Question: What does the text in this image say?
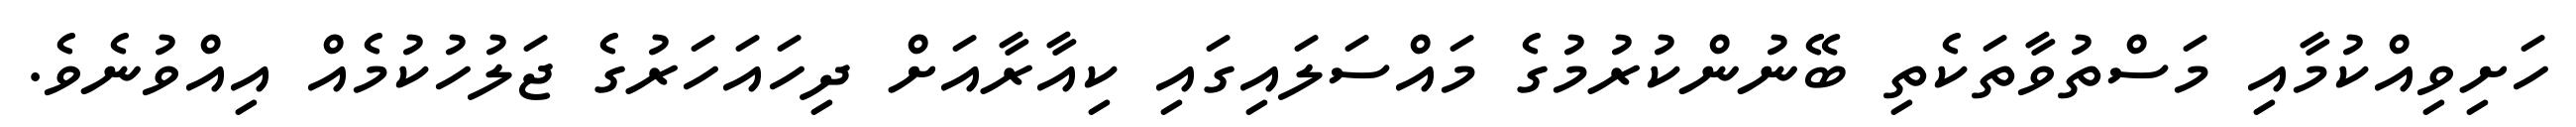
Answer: ހަށިވިއްކުމާއި މަސްތުވާތަކެތި ބޭނުންކުރުމުގެ މައްސަލައިގައި ކިއާރާއަށް ދިހައަހަރުގެ ޖަލުހުކުމެއް އިއްވުނެވެ.